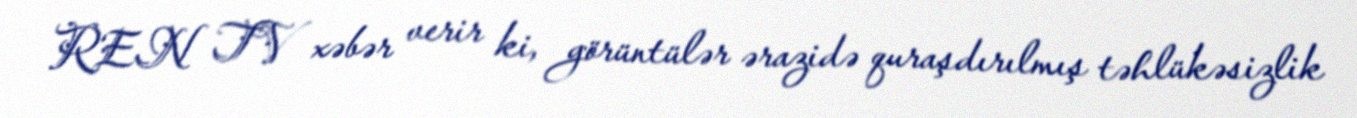
REN TV xəbər verir ki, görüntülər ərazidə quraşdırılmış təhlükəsizlik